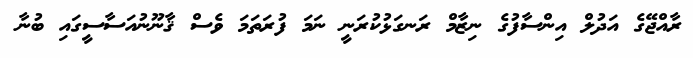
ރާއްޖޭގެ އަދުލް އިންސާފުގެ ނިޒާމް ރަނގަޅުކުރަނީ ނަމަ ފުރަތަމަ ވެސް ޤާނޫނުއަސާސީގައި ބުނާ